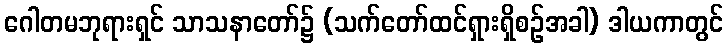
ဂေါတမဘုရားရှင် သာသနာတော်၌ (သက်တော်ထင်ရှားရှိစဉ်အခါ) ဒါယကာတွင်